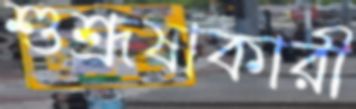
শুশ্রূষাকারী